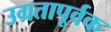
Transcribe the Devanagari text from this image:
उग्रतापूर्वक